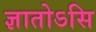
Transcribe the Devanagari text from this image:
ज्ञातोऽसि